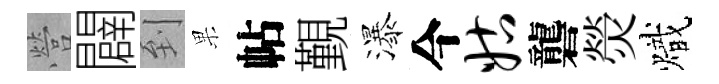
營闢到果帖覲瀑今姑礱熒熾